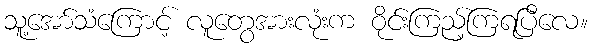
သူ့အော်သံကြောင့် လူတွေအားလုံးက ဝိုင်းကြည့်ကြရပြီလေ။